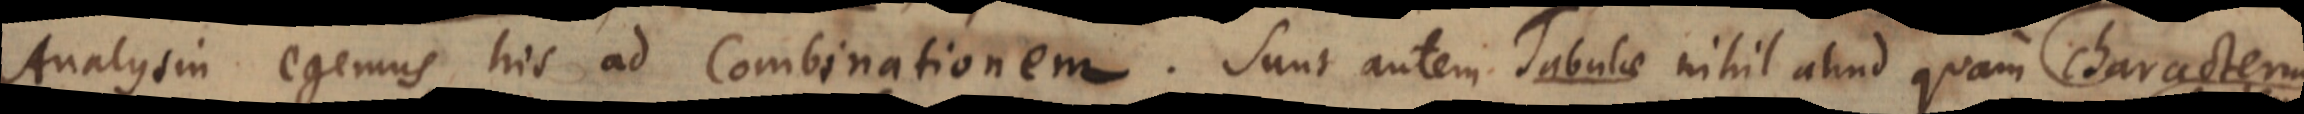
Analysin egemus, his ad Combinationem. Sunt autem Tabulae nihil aliud quam Characterem